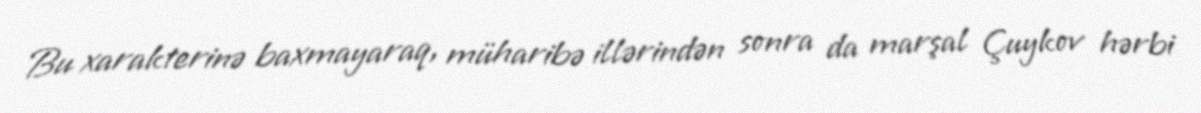
Bu xarakterinə baxmayaraq, müharibə illərindən sonra da marşal Çuykov hərbi